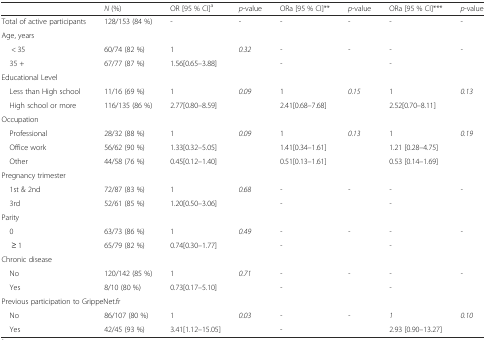
<table><thead><tr><td></td><td><b><i>N</i> (%)</b></td><td><b>OR [95 % CI]<sup>a</sup></b></td><td><b><i>p</i>-value</b></td><td><b>ORa [95 % CI]**</b></td><td><b><i>p</i>-value</b></td><td><b>ORa [95 % CI]***</b></td><td><b><i>p</i>-value</b></td></tr></thead><tbody><tr><td>Total of active participants</td><td>128/153 (84 %)</td><td>-</td><td>-</td><td>-</td><td>-</td><td>-</td><td>-</td></tr><tr><td colspan="8">Age, years</td></tr><tr><td>&lt; 35</td><td>60/74 (82 %)</td><td>1</td><td><i>0.32</i></td><td><i>-</i></td><td><i>-</i></td><td><i>-</i></td><td><i>-</i></td></tr><tr><td> 35 +</td><td>67/77 (87 %)</td><td>1.56[0.65–3.88]</td><td></td><td><i>-</i></td><td></td><td><i>-</i></td><td></td></tr><tr><td colspan="8">Educational Level</td></tr><tr><td> Less than High school</td><td>11/16 (69 %)</td><td>1</td><td><i>0.09</i></td><td>1</td><td><i>0.15</i></td><td>1</td><td><i>0.13</i></td></tr><tr><td> High school or more</td><td>116/135 (86 %)</td><td>2.77[0.80–8.59]</td><td></td><td>2.41[0.68–7.68]</td><td></td><td>2.52[0.70–8.11]</td><td></td></tr><tr><td colspan="8">Occupation</td></tr><tr><td> Professional</td><td>28/32 (88 %)</td><td>1</td><td><i>0.09</i></td><td>1</td><td><i>0.13</i></td><td>1</td><td><i>0.19</i></td></tr><tr><td> Office work</td><td>56/62 (90 %)</td><td>1.33[0.32–5.05]</td><td></td><td>1.41[0.34–1.61]</td><td></td><td>1.21 [0.28–4.75]</td><td></td></tr><tr><td> Other</td><td>44/58 (76 %)</td><td>0.45[0.12–1.40]</td><td></td><td>0.51[0.13–1.61]</td><td></td><td>0.53 [0.14–1.69]</td><td></td></tr><tr><td colspan="8">Pregnancy trimester</td></tr><tr><td> 1st &amp; 2nd</td><td>72/87 (83 %)</td><td>1</td><td><i>0.68</i></td><td><i>-</i></td><td><i>-</i></td><td><i>-</i></td><td><i>-</i></td></tr><tr><td> 3rd</td><td>52/61 (85 %)</td><td>1.20[0.50–3.06]</td><td></td><td><i>-</i></td><td></td><td><i>-</i></td><td></td></tr><tr><td colspan="8">Parity</td></tr><tr><td> 0</td><td>63/73 (86 %)</td><td>1</td><td><i>0.49</i></td><td><i>-</i></td><td><i>-</i></td><td><i>-</i></td><td><i>-</i></td></tr><tr><td>≥ 1</td><td>65/79 (82 %)</td><td>0.74[0.30–1.77]</td><td></td><td><i>-</i></td><td></td><td><i>-</i></td><td></td></tr><tr><td colspan="8">Chronic disease</td></tr><tr><td> No</td><td>120/142 (85 %)</td><td>1</td><td><i>0.71</i></td><td><i>-</i></td><td><i>-</i></td><td><i>-</i></td><td><i>-</i></td></tr><tr><td> Yes</td><td>8/10 (80 %)</td><td>0.73[0.17–5.10]</td><td></td><td><i>-</i></td><td></td><td><i>-</i></td><td></td></tr><tr><td colspan="8">Previous participation to GrippeNet.fr</td></tr><tr><td> No</td><td>86/107 (80 %)</td><td>1</td><td><i>0.03</i></td><td><i>-</i></td><td><i>-</i></td><td><i>1</i></td><td><i>0.10</i></td></tr><tr><td> Yes</td><td>42/45 (93 %)</td><td>3.41[1.12–15.05]</td><td></td><td>-</td><td></td><td>2.93 [0.90–13.27]</td><td></td></tr></tbody></table>